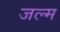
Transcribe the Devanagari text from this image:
जल्म